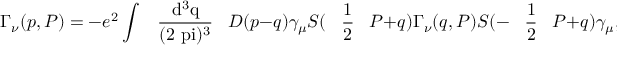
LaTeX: \Gamma _ { \nu } ( p , P ) = - e ^ { 2 } \int \mathrm { ~ \, ~ \frac { d ^ { 3 } q } { ( 2 \ p i ) ^ { 3 } } ~ \, ~ } D ( p - q ) \gamma _ { \mu } S ( \mathrm { ~ \, ~ \frac { 1 } { 2 } ~ \, ~ } P + q ) \Gamma _ { \nu } ( q , P ) S ( - \mathrm { ~ \, ~ \frac { 1 } { 2 } ~ \, ~ } P + q ) \gamma _ { \mu } ,